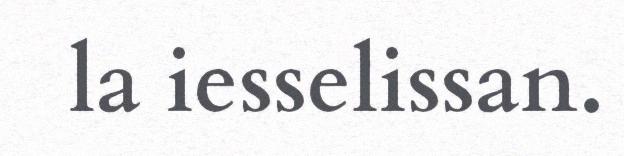
la iesselissan.